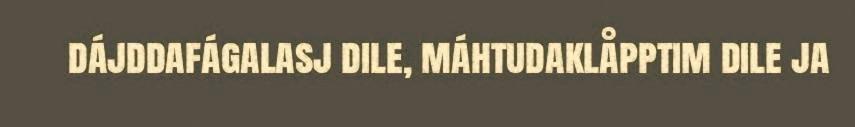
dájddafágalasj dile, máhtudaklåpptim dile ja